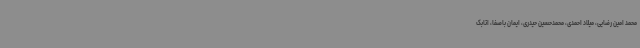
محمد امین رضایی، میلاد احمدی، محمدحسین حیدری، ایمان باصفا، اتابک